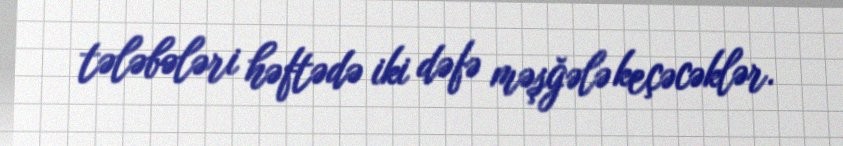
tələbələri həftədə iki dəfə məşğələ keçəcəklər.